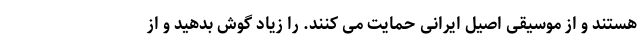
هستند و از موسیقی اصیل ایرانی حمایت می کنند. را زیاد گوش بدهید و از